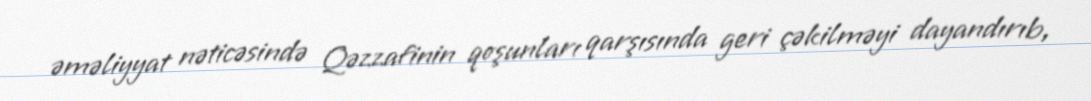
əməliyyat nəticəsində Qəzzafinin qoşunları qarşısında geri çəkilməyi dayandırıb,